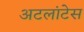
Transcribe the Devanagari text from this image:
अटलांटेस